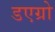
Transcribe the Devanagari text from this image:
डएग्रो